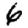
Digit: 6